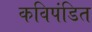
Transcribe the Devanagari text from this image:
कविपंडित